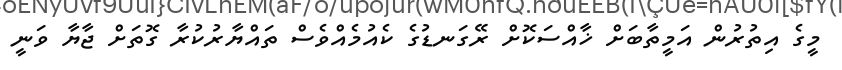
މީގެ އިތުރުން އަމީތާބަށް ޚާއްސަކޮށް ރޭގަނޑުގެ ކެއުމެއްވެސް ތައްޔާރުކުރާ ގޮތަށް ޖާޔާ ވަނީ